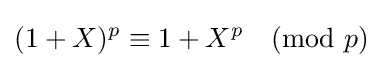
(1+X)^{p}\equiv 1+X^{p}{\pmod {p}}